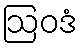
ဩဝဒံ